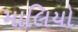
માલિયો